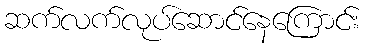
ဆက်လက်လုပ်ဆောင်နေကြောင်း